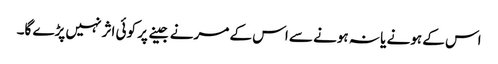
اس کے ہونے یا نہ ہونے سے اس کے مرنے جینے پر کوئی اثر نہیں پڑے گا۔